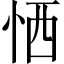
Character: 恓